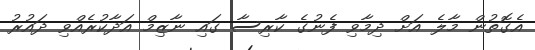
އެގޮތުން މާލެ އަށް ދިމާވި ފެނުގެ ކާރިސާ ގައި ނާޒިމް އަދާކުރެއްވި ދައުރު